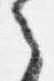
之